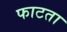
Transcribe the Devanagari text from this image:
फाटता